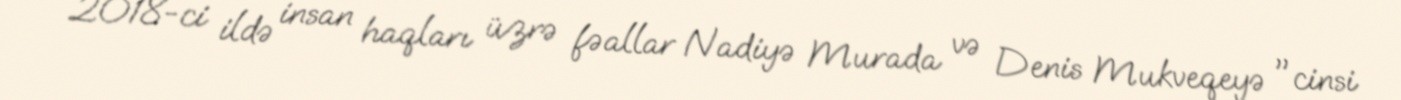
2018-ci ildə insan haqları üzrə fəallar Nadiyə Murada və Denis Mukveqeyə "cinsi